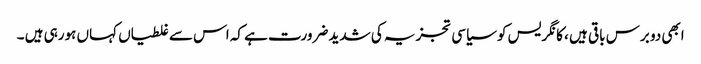
ابھی دو برس باقی ہیں ، کانگریس کو سیاسی تجزیہ کی شدید ضرورت ہے کہ اس سے غلطیاں کہاں ہورہی ہیں ۔